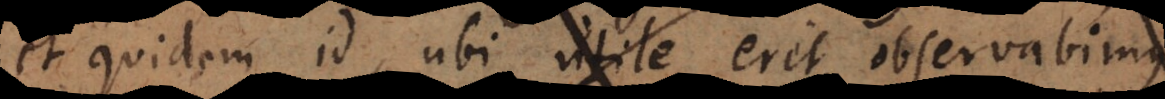
et quidem id, ubi utile erit, observabimus